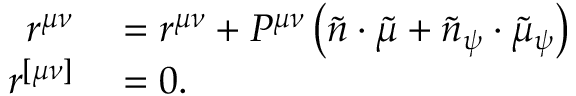
\begin{array} { r l } { r ^ { \mu \nu } } & { { } = r ^ { \mu \nu } + P ^ { \mu \nu } \left( \tilde { n } \cdot \tilde { \mu } + \tilde { n } _ { \psi } \cdot \tilde { \mu } _ { \psi } \right) } \\ { r ^ { [ \mu \nu ] } } & { { } = 0 . } \end{array}